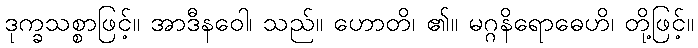
ဒုက္ခသစ္စာဖြင့်။ အာဒီနဝေါ၊ သည်။ ဟောတိ၊ ၏။ မဂ္ဂနိရောဓေဟိ၊ တို့ဖြင့်။